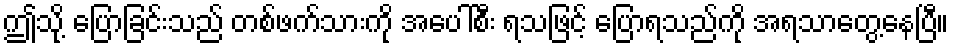
ဤသို့ ပြောခြင်းသည် တစ်ဖက်သားကို အပေါ်စီး ရသဖြင့် ပြောရသည်ကို အရသာတွေ့နေပြီ။